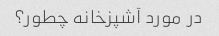
در مورد آشپزخانه چطور؟